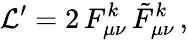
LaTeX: {\cal L}^{\prime}=2\, F_{\mu\nu}^{k}\, \tilde{F}_{\mu\nu}^{k}\, ,